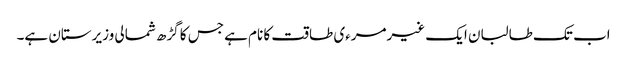
اب تک طالبان ایک غیرمرءی طاقت کا نام ہے جس کا گڑھ شمالی وزیرستان ہے۔